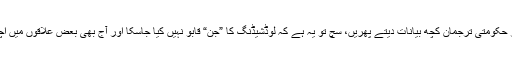
وجوہات کچھ بھی ہوں، وزراءاور حکومتی ترجمان کچھ بیانات دیتے پھریں، سچ تو یہ ہے کہ لوڈشیڈنگ کا ”جن“ قابو نہیں کیا جاسکا اور آج بھی بعض علاقوں میں اچھی خاصی لوڈشیڈنگ جاری ہے۔